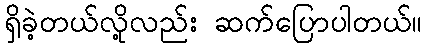
ရှိခဲ့တယ်လို့လည်း ဆက်ပြောပါတယ်။